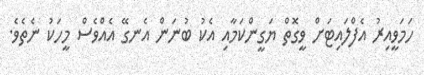
ހަމަވީއިރު އެފްލައިޓަށް ވީގޮތް ޔަގީންކަމާއި އެކު ބުނަން އެނގޭ އެއްވެސް މީހަކު ނެތެވެ.